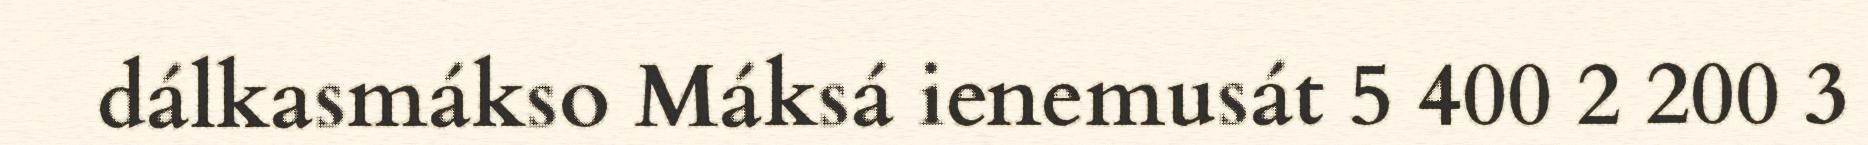
dálkasmákso Máksá ienemusát 5 400 2 200 3